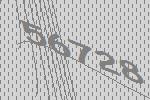
56728